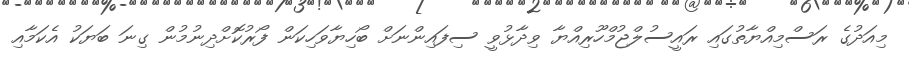
މިއަދުގެ ރަސްމިއްޔާތުގައި ރައީސުލްޖުމްހޫރިއްޔާ ވިދާޅުވީ ސިފައިންނަށް ބޯހިޔާވަހިކަން ފޯރުކޮށްދިނުމުން ގިނަ ބަޔަކު އެކަމާއި